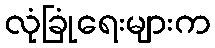
လုံခြုံရေးများက